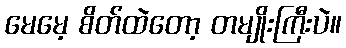
မေမေ့ စိတ်ထဲတော့ တမျိုးကြီးပဲ။